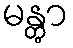
မန္တွာ